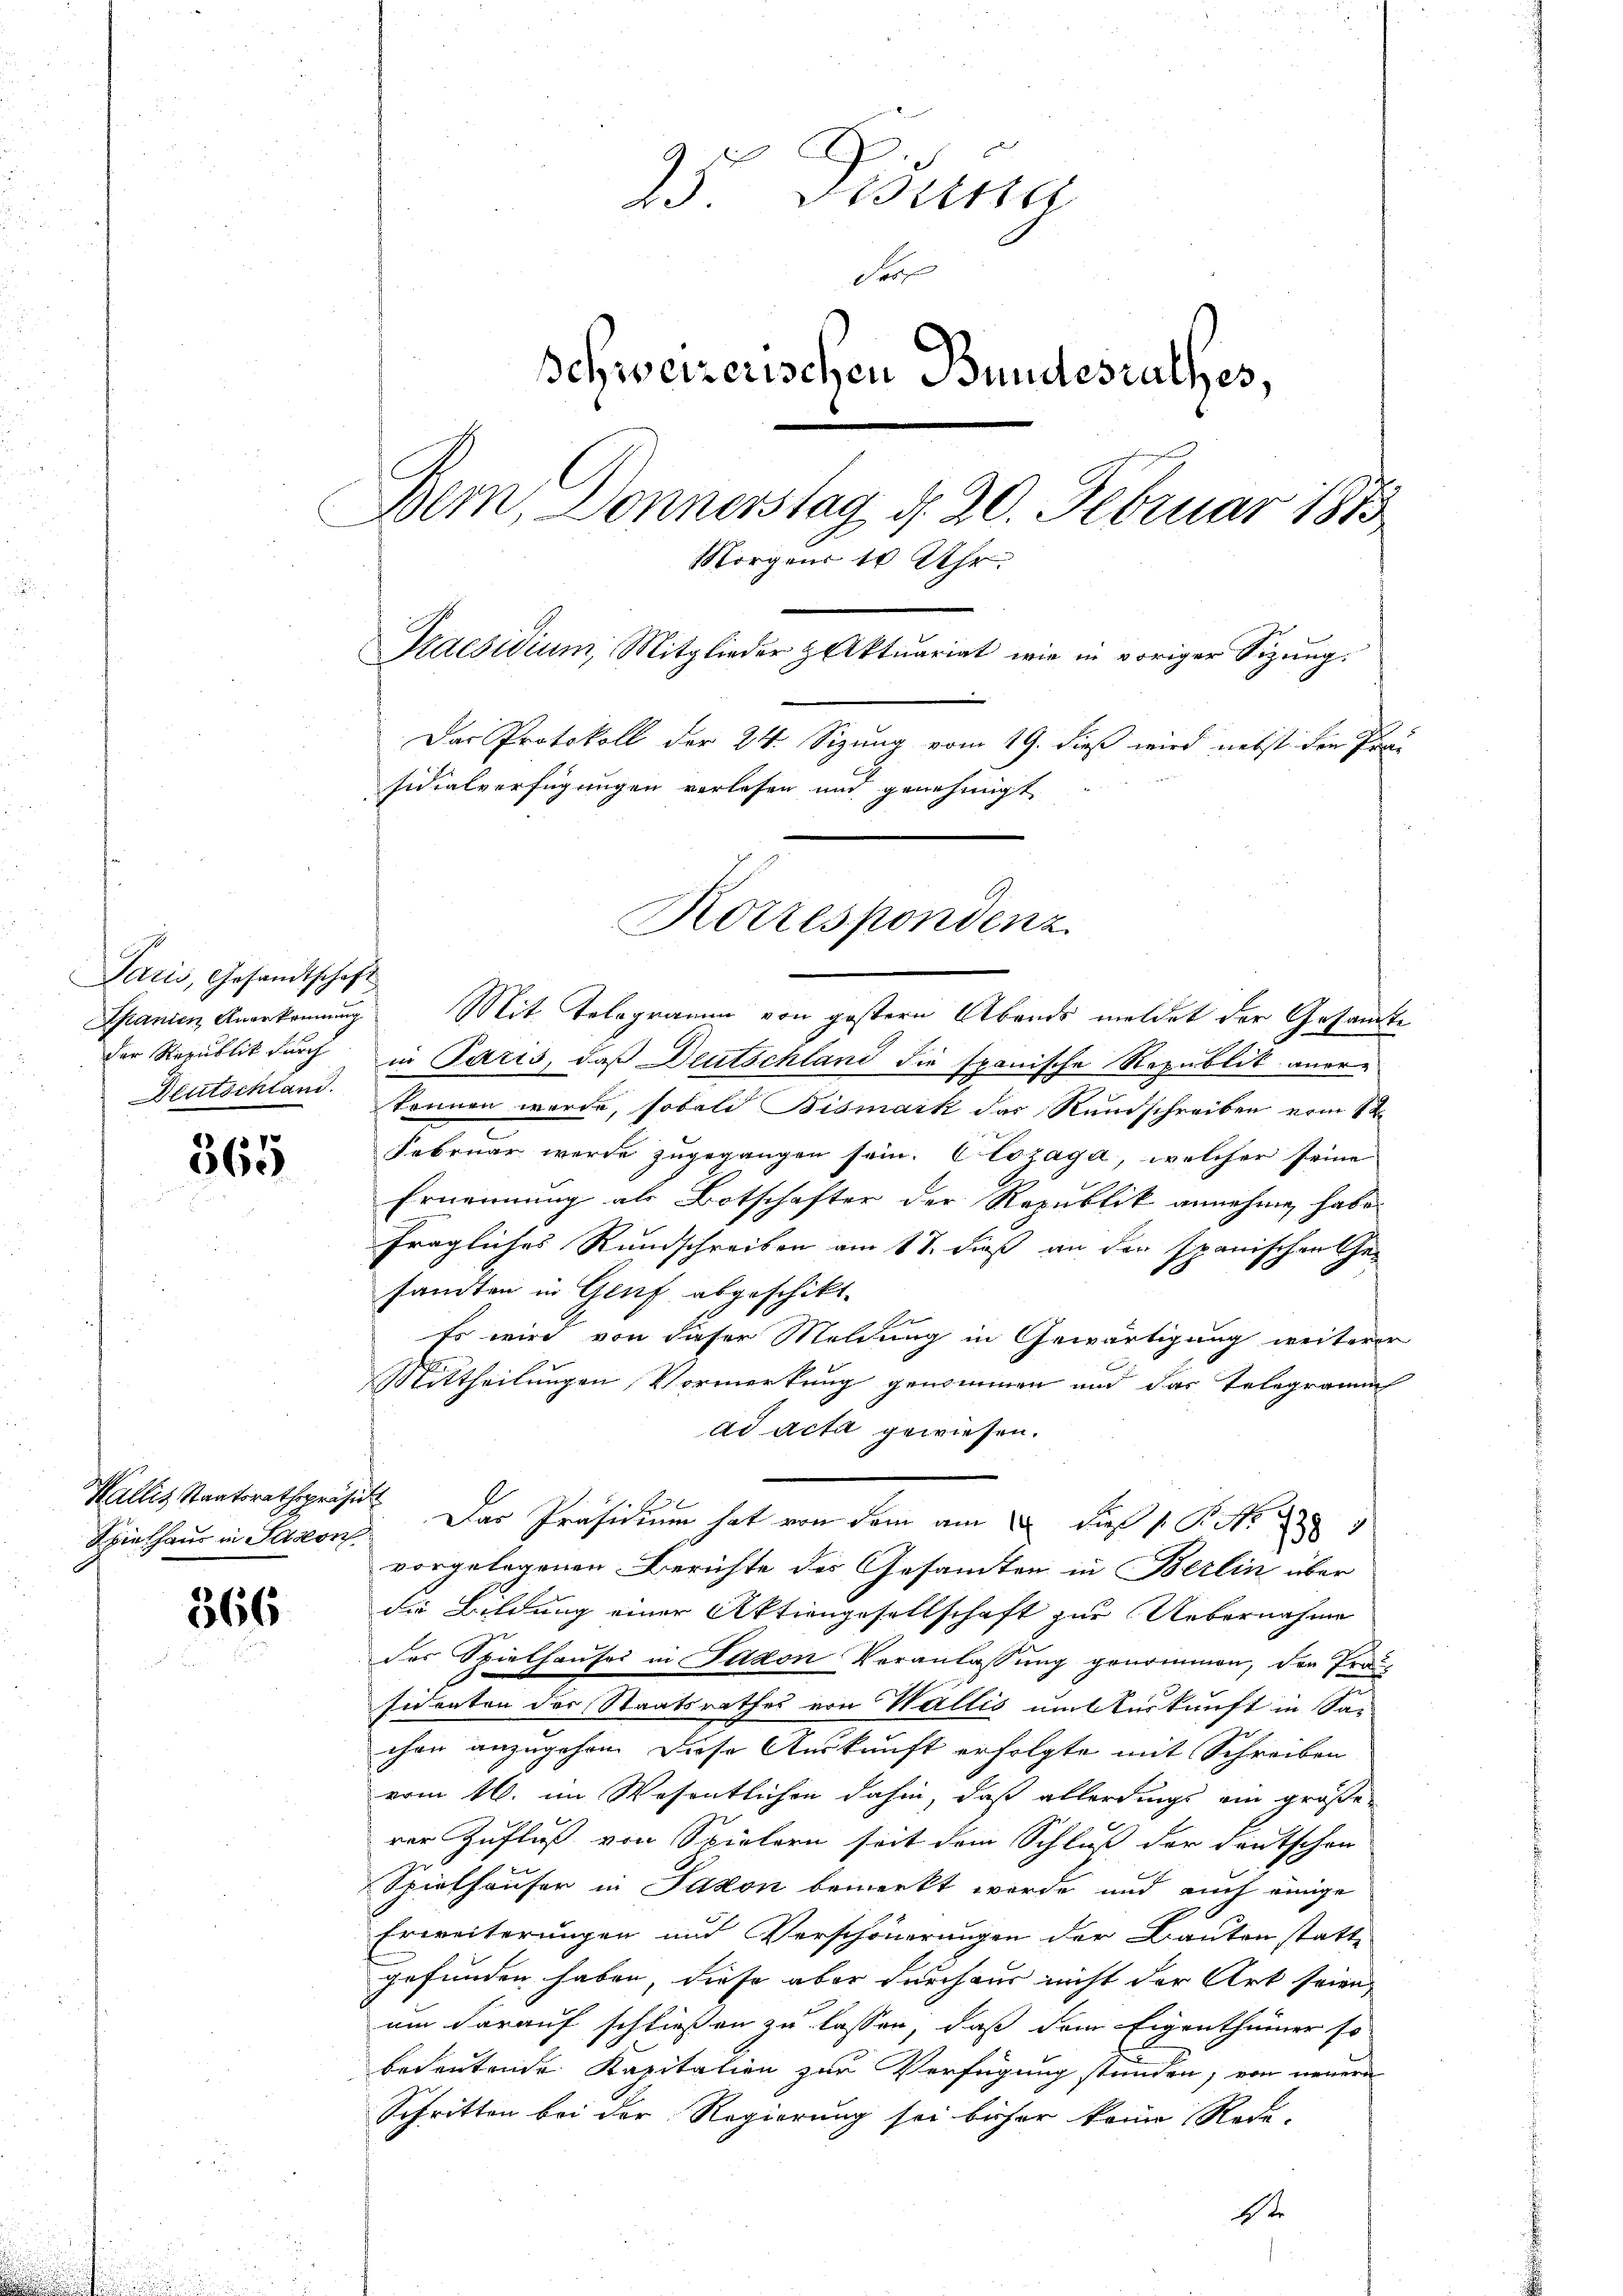
Paris, Gesandtschaft
Spanien Angekommung
der Republik durch
Deutschland.

.
360

Spielhaus in Saison

366

25. Disura
de
Schweizerischen Bundesrathes,
Dem Donnerstag d. 20. Februar 1873
Morgens 10 Uhr.
Praesidium, Mitglieder z Aktuariat wie in voriger Sizŭng.
Das Protokoll der 24. Sizung vom 19. dieß wird nebst den Präsidialverfügungen verlesen und genehmigt

Korrespondenz

Mit Telegramm von gestern Abends meldet der Gesamte
in Paris, daß Deutschland die spanische Republik anerkönnen wurde, sobald Bismark das Rundschreiben vom 12.
Februar werde zugegangen sein. Clozaga, welcher seine
Ernennung als Botschafter der Republik annehmen habe.
fragliches Rundschreiben am 18. dieß an den spanischen Gesanten in Genf abgeschikt.
E
Es wird von dieser Meldung in Gewärtigung weiterer
Mittheilungen Vormerkung genommen und das Telegramm
ad acta gewiesen.
Wallis Staatsrathspräs. Das Präsidium hat von dem am dieß P. M.
vorgelegenen Berichte des Gesandten in Berlin über
die Bildung einer Aktiengesellschaft zur Uebernahme
8
des Spielhauses in Sadon Veranlassung genommen, der Prosidenten des Staatsrathes von Wallis umsturkunft in Sachen anzugehen. Diese Auskunft erfolgte mit Schreiben
vom 16. im Wesentlichen dahin, daß allerdings ein größerer Zufluß von Spielern seit dem Schluß der Deutschen
Spielhäuser in Jakon bemerkt werde und auch einige
Erweiterungen und Verschönerungen der Bauten stattgefunden haben, diese aber durchaus nicht der Art seien,
um darauf schließen zu lassen, daß dem Eigenthümer so
bedeutende Kapitalien zur Verfügung stunden; von neuern
Schritten bei der Regierung sei bisher keine Rede-
1ste